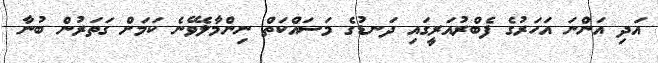
އަދި އަންނަ އަހަރުގެ ފެބްރުއަރީގައި ދަނޑުގެ މަސައްކަތް ނިންމާލެވޭނެ ކަމަށް ގަތަރުން ބުނާ